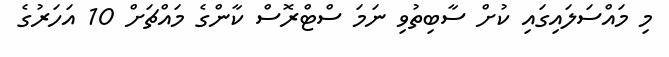
މި މައްސަލައިގައި ކުށް ސާބިތުވި ނަމަ ސްޓްރޮސް ކާންގެ މައްޗަށް 10 އަހަރުގެ